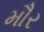
મૌર